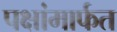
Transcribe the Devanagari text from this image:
पक्षांमार्फत